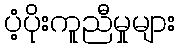
ပံ့ပိုးကူညီမှုများ